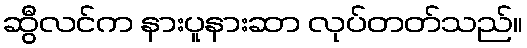
ဆွီလင်က နားပူနားဆာ လုပ်တတ်သည်။